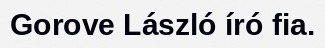
Gorove László író fia.